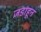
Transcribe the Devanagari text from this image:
जडाहून